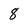
Character: 8